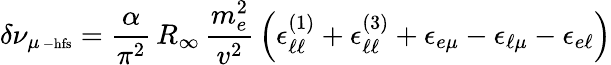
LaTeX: \delta\nu_{\mu\mathrm{\scriptsize~-hfs}}=\frac{\alpha}{\pi^{2}}\, R_{\infty}\, \frac{m_{e}^{2}}{v^{2}}\, \left(\epsilon_{\ell\ell}^{(1)}+\epsilon_{\ell\ell}^{(3)}+\epsilon_{e\mu}-\epsilon_{\ell\mu}-\epsilon_{e\ell}\right)